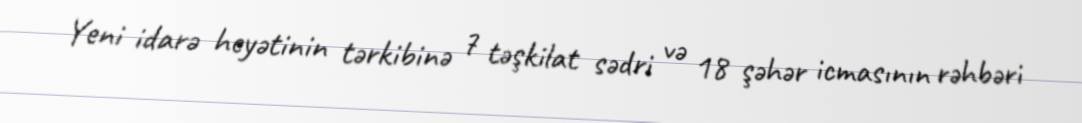
Yeni idarə heyətinin tərkibinə 7 təşkilat sədri və 18 şəhər icmasının rəhbəri